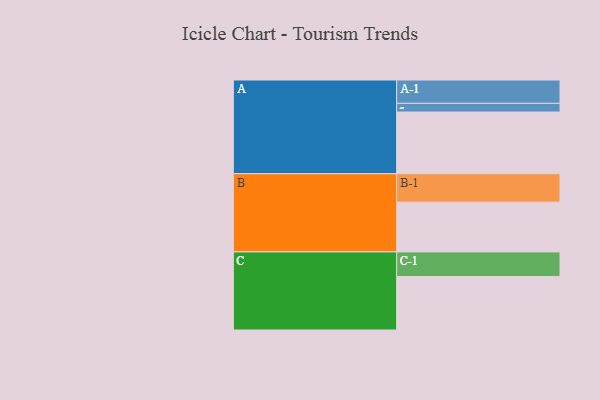
{"axis": {"x": "Segment", "y": "Value"}, "legend": ["", "A", "B", "C"], "data": [{"x": "A", "y": 497, "type": ""}, {"x": "B", "y": 401, "type": ""}, {"x": "C", "y": 431, "type": ""}, {"x": "A-1", "y": 188, "type": "A"}, {"x": "A-2", "y": 70, "type": "A"}, {"x": "B-1", "y": 229, "type": "B"}, {"x": "C-1", "y": 198, "type": "C"}]}